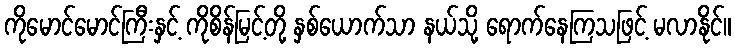
ကိုမောင်မောင်ကြီးနှင့် ကိုစိန်မြင့်တို့ နှစ်ယောက်သာ နယ်သို့ ရောက်နေကြသဖြင့် မလာနိုင်။